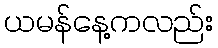
ယမန်နေ့ကလည်း